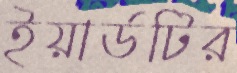
ইয়ার্ডটির